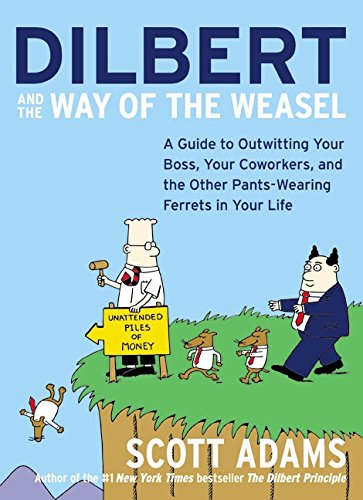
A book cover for Dilbert and the Way of the Weasel: A Guide to Outwitting Your Boss, Your Coworkers, and the Other Pants-Wearing Ferrets in Your Life; Scott Adams; Humor & Entertainment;